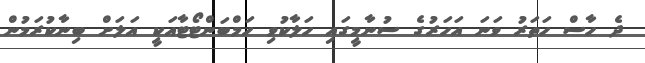
ދެ ހާސް ހަތަރު ވަނަ އަހަރުގެ ސުނާމީގައި ހަލާކުވި ހަމްބަންޓޯޓާއަކީ އަލަށް ބިނާކުރަމުން